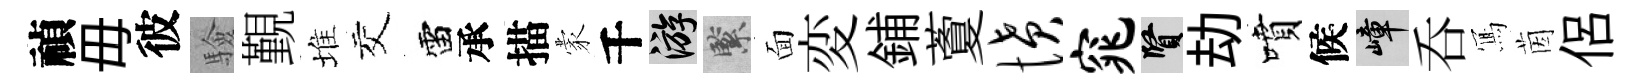
禎毋彼驗覲堆交雷承描蒙千游緊面変鋪藑愤窕賢劫噴候嶂呑𭂁茵侶